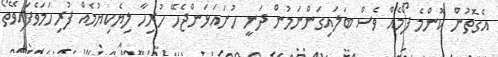
އެގޮތުން ކޮންމެ ފޯމެއް ވެސް ބަލައިގަންނަމުން ދަނީ ހުށައަޅަންޖެހޭ ހުރިހާ ލިޔެކިޔުމެއް ފުރިހަމަވެފައިވޭތޯ